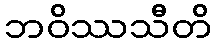
ဘဝိဿသီတိ